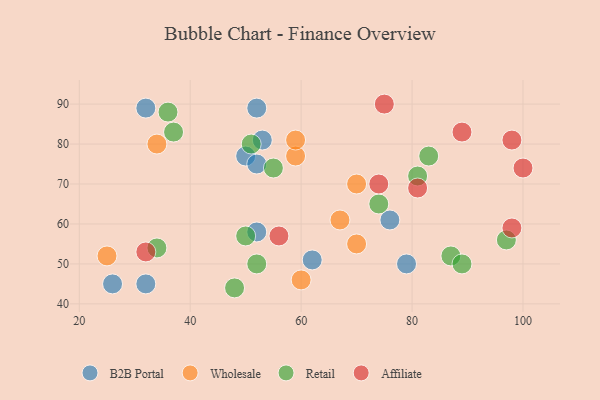
{"axis": {"x": "GDP", "y": "Life Expectancy"}, "legend": ["Affiliate", "B2B Portal", "Retail", "Wholesale"], "data": [{"x": "32", "y": 45, "type": "B2B Portal"}, {"x": "26", "y": 45, "type": "B2B Portal"}, {"x": "50", "y": 77, "type": "B2B Portal"}, {"x": "52", "y": 89, "type": "B2B Portal"}, {"x": "52", "y": 58, "type": "B2B Portal"}, {"x": "53", "y": 81, "type": "B2B Portal"}, {"x": "32", "y": 89, "type": "B2B Portal"}, {"x": "62", "y": 51, "type": "B2B Portal"}, {"x": "79", "y": 50, "type": "B2B Portal"}, {"x": "76", "y": 61, "type": "B2B Portal"}, {"x": "52", "y": 75, "type": "B2B Portal"}, {"x": "59", "y": 77, "type": "Wholesale"}, {"x": "34", "y": 80, "type": "Wholesale"}, {"x": "60", "y": 46, "type": "Wholesale"}, {"x": "70", "y": 55, "type": "Wholesale"}, {"x": "67", "y": 61, "type": "Wholesale"}, {"x": "25", "y": 52, "type": "Wholesale"}, {"x": "59", "y": 81, "type": "Wholesale"}, {"x": "70", "y": 70, "type": "Wholesale"}, {"x": "55", "y": 74, "type": "Retail"}, {"x": "50", "y": 57, "type": "Retail"}, {"x": "51", "y": 80, "type": "Retail"}, {"x": "37", "y": 83, "type": "Retail"}, {"x": "48", "y": 44, "type": "Retail"}, {"x": "34", "y": 54, "type": "Retail"}, {"x": "36", "y": 88, "type": "Retail"}, {"x": "87", "y": 52, "type": "Retail"}, {"x": "74", "y": 65, "type": "Retail"}, {"x": "97", "y": 56, "type": "Retail"}, {"x": "52", "y": 50, "type": "Retail"}, {"x": "83", "y": 77, "type": "Retail"}, {"x": "89", "y": 50, "type": "Retail"}, {"x": "81", "y": 72, "type": "Retail"}, {"x": "89", "y": 83, "type": "Affiliate"}, {"x": "32", "y": 53, "type": "Affiliate"}, {"x": "74", "y": 70, "type": "Affiliate"}, {"x": "81", "y": 69, "type": "Affiliate"}, {"x": "98", "y": 81, "type": "Affiliate"}, {"x": "75", "y": 90, "type": "Affiliate"}, {"x": "98", "y": 59, "type": "Affiliate"}, {"x": "56", "y": 57, "type": "Affiliate"}, {"x": "100", "y": 74, "type": "Affiliate"}]}